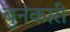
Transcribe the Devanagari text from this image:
बुनकारी